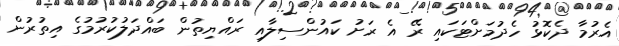
އެރުމާ ދެކޮޅު ހެދުމަށްޓަކައި ރޭ އެ ރަށު ކައުންސިލާއި ރައްޔިތުން ބައްދަލުކުރުމުގެ އިތުރުން